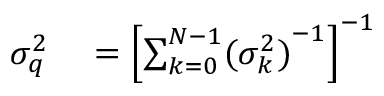
\begin{array} { r l } { \sigma _ { q } ^ { 2 } } & { { } = \left[ \sum _ { k = 0 } ^ { N - 1 } ( { \sigma _ { k } ^ { 2 } ) } ^ { - 1 } \right] ^ { - 1 } } \end{array}